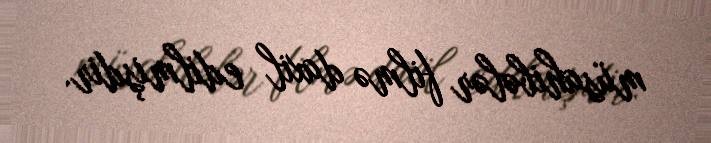
müsahibələr filmə daxil edilmişdir.